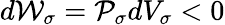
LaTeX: d{\cal W}_{\sigma}={\cal P}_{\sigma}dV_{\sigma}<0